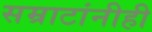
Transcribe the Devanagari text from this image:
सम्राटांनीही